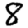
Digit: 8